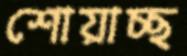
শোয়াচ্ছ